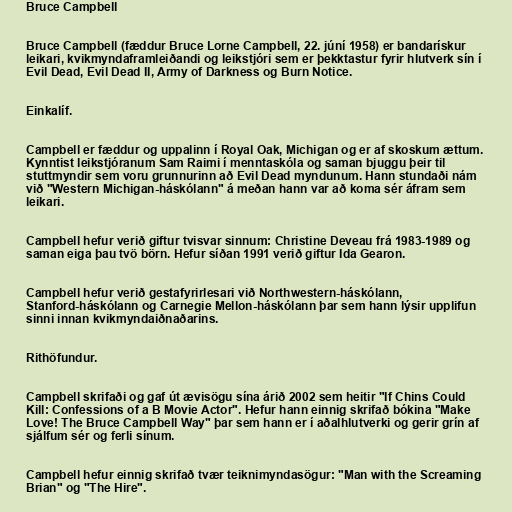
Bruce Campbell

Bruce Campbell (fæddur Bruce Lorne Campbell, 22. júní 1958) er bandarískur
leikari, kvikmyndaframleiðandi og leikstjóri sem er þekktastur fyrir hlutverk sín í
Evil Dead, Evil Dead II, Army of Darkness og Burn Notice.

Einkalíf.

Campbell er fæddur og uppalinn í Royal Oak, Michigan og er af skoskum ættum.
Kynntist leikstjóranum Sam Raimi í menntaskóla og saman bjuggu þeir til
stuttmyndir sem voru grunnurinn að Evil Dead myndunum. Hann stundaði nám
við "Western Michigan-háskólann" á meðan hann var að koma sér áfram sem
leikari.

Campbell hefur verið giftur tvisvar sinnum: Christine Deveau frá 1983-1989 og
saman eiga þau tvö börn. Hefur síðan 1991 verið giftur Ida Gearon.

Campbell hefur verið gestafyrirlesari við Northwestern-háskólann,
Stanford-háskólann og Carnegie Mellon-háskólann þar sem hann lýsir upplifun
sinni innan kvikmyndaiðnaðarins.

Rithöfundur.

Campbell skrifaði og gaf út ævisögu sína árið 2002 sem heitir "If Chins Could
Kill: Confessions of a B Movie Actor". Hefur hann einnig skrifað bókina "Make
Love! The Bruce Campbell Way" þar sem hann er í aðalhlutverki og gerir grín af
sjálfum sér og ferli sínum.

Campbell hefur einnig skrifað tvær teiknimyndasögur: "Man with the Screaming
Brian" og "The Hire".